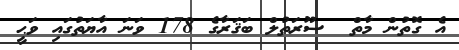
އެ ގޮތުން މާތް  ސޫރަތުލް ބަޤަރާގެ 178 ވަނަ އާޔަތުގައި ވަޙީ